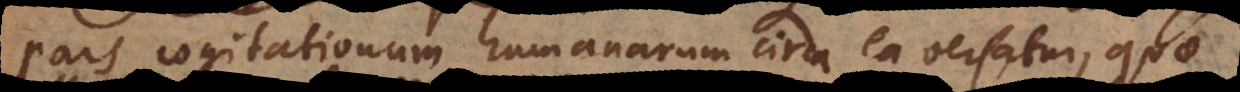
pars cogitationum humanarum circa ea versatur, qua